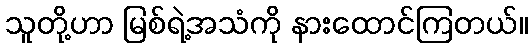
သူတို့ဟာ မြစ်ရဲ့အသံကို နားထောင်ကြတယ်။